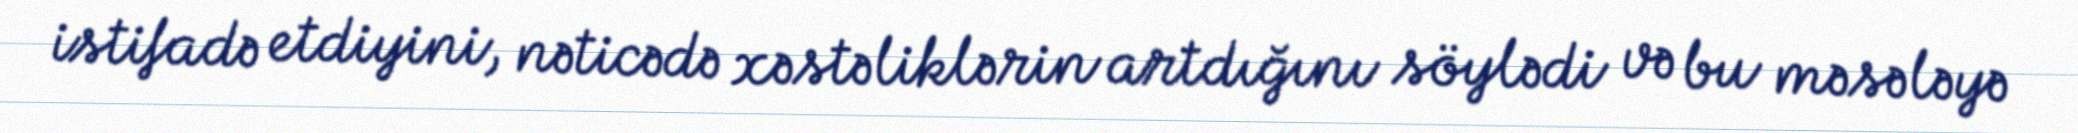
istifadə etdiyini, nəticədə xəstəliklərin artdığını söylədi və bu məsələyə